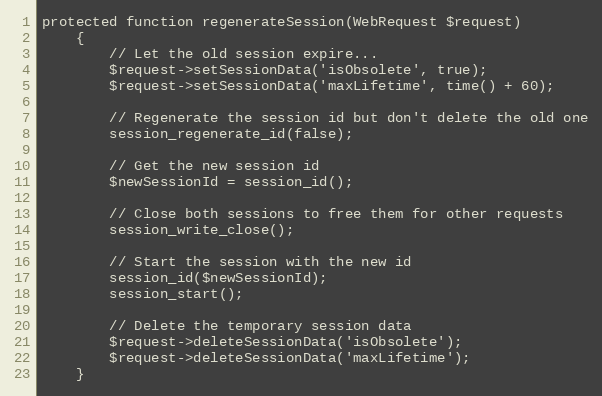
Language: PHP
protected function regenerateSession(WebRequest $request)
    {
        // Let the old session expire...
        $request->setSessionData('isObsolete', true);
        $request->setSessionData('maxLifetime', time() + 60);

        // Regenerate the session id but don't delete the old one
        session_regenerate_id(false);

        // Get the new session id
        $newSessionId = session_id();

        // Close both sessions to free them for other requests
        session_write_close();

        // Start the session with the new id
        session_id($newSessionId);
        session_start();

        // Delete the temporary session data
        $request->deleteSessionData('isObsolete');
        $request->deleteSessionData('maxLifetime');
    }